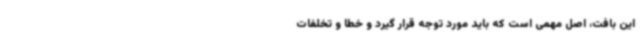
این بافت، اصل مهمی است که باید مورد توجه قرار گیرد و خطا و تخلفات